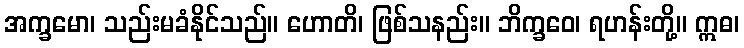
အက္ခမော၊ သည်းမခံနိုင်သည်။ ဟောတိ၊ ဖြစ်သနည်း။ ဘိက္ခဝေ၊ ရဟန်းတို့။ ဣဓ၊